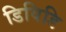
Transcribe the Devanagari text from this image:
डिविडि